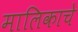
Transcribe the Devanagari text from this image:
मालिकाचे